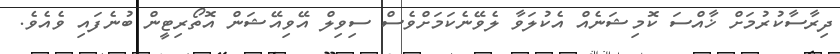
ދިރާސާކުރުމަށް ޚާއްސަ ކޮމިޝަނެއް އެކުލަވާ ލެވޭނެކަމަށްވެސް ސިވިލް އޭވިއޭޝަން އޮތޯރިޓީން ބުނެފައި ވެއެވެ.